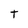
Character: t